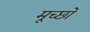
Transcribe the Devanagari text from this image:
मूच्छों